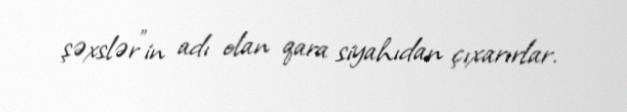
şəxslər”in adı olan qara siyahıdan çıxarırlar.